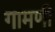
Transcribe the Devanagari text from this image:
गामणी